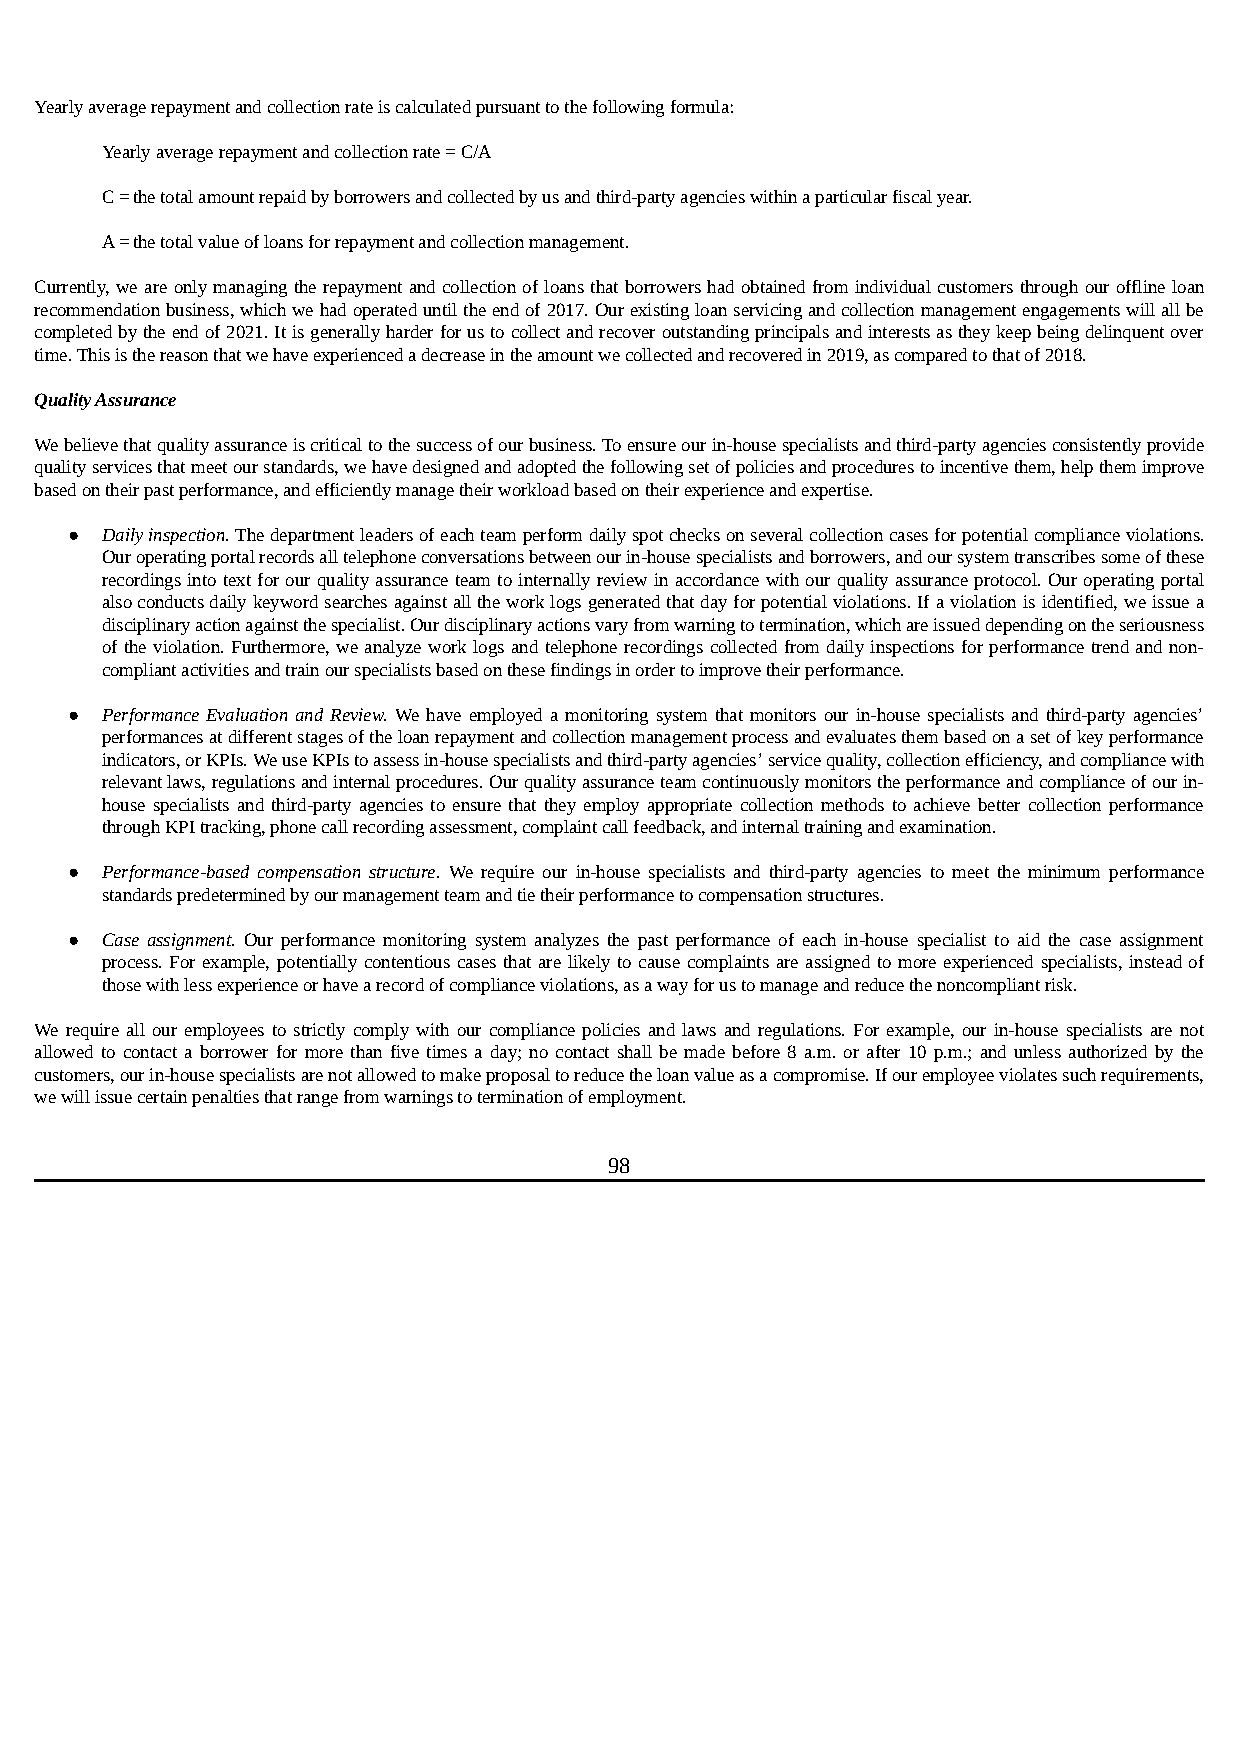
Yearly average repayment and collection rate is calculated pursuant to the following formula:
 Yearly average repayment and collection rate = C/A
 C=the total amount repaid by borrowers and collected by us and third-party agencies within a particular fiscal year.
 A=the total value of loans for repayment and collection management.
 Currently, we are only managing the repayment and collection of loans that borrowers had obtained from individual customers through our offline loan
 recommendation business, which we had operated until the end of 2017. Our existing loan servicing and collection management engagements will all be
 completed by the end of 2021. It is generally harder for us to collect and recover outstanding principals and interests as they keep being delinquent over
 time. This is the reason that we have experienced a decrease in the amount we collected and recovered in 2019, as compared to that of 2018.
 Quality Assurance
 We believe that quality assurance is critical to the success of our business. To ensure our in-house specialists and third-party agencies consistently provide
 quality services that meet our standards, we have designed and adopted the following set of policies and procedures to incentive them, help them improve
 based on their past performance, and efficiently manage their workload based on their experience and expertise.
 ●  Daily inspection. The department leaders of each team perform daily spot checks on several collection cases for potential compliance violations.
 Our operating portal records all telephone conversations between our in-house specialists and borrowers, and our system transcribes some of these
 recordings into text for our quality assurance team to internally review in accordance with our quality assurance protocol. Our operating portal
 also conducts daily keyword searches against all the work logs generated that day for potential violations. If a violation is identified, we issue a
 disciplinary action against the specialist. Our disciplinary actions vary from warning to termination, which are issued depending on the seriousness
 of the violation. Furthermore, we analyze work logs and telephone recordings collected from daily inspections for performance trend and non-
 compliant activities and train our specialists based on these findings in order to improve their performance.
 ●  Performance Evaluation and Review. We have employed a monitoring system that monitors our in-house specialists and third-party agencies’
 performances at different stages of the loan repayment and collection management process and evaluates them based on a set of key performance
 indicators, or KPIs. We use KPIs to assess in-house specialists and third-party agencies’ service quality, collection efficiency, and compliance with
 relevant laws, regulations and internal procedures. Our quality assurance team continuously monitors the performance and compliance of our in-
 house specialists and third-party agencies to ensure that they employ appropriate collection methods to achieve better collection performance
 through KPI tracking, phone call recording assessment, complaint call feedback, and internal training and examination.
 ●  Performance-based compensation structure. We require our in-house specialists and third-party agencies to meet the minimum performance
 standards predetermined by our management team and tie their performance to compensation structures.
 ●  Case assignment. Our performance monitoring system analyzes the past performance of each in-house specialist to aid the case assignment
 process. For example, potentially contentious cases that are likely to cause complaints are assigned to more experienced specialists, instead of
 those with less experience or have a record of compliance violations, as a way for us to manage and reduce the noncompliant risk.
 We require all our employees to strictly comply with our compliance policies and laws and regulations. For example, our in-house specialists are not
 allowed to contact a borrower for more than five times a day; no contact shall be made before 8 a.m. or after 10 p.m.; and unless authorized by the
 customers, our in-house specialists are not allowed to make proposal to reduce the loan value as a compromise. If our employee violates such requirements,
 we will issue certain penalties that range from warnings to termination of employment.
 98